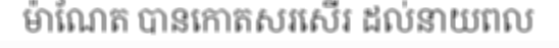
ម៉ាណែត បានកោតសរសើរ ដល់នាយពល